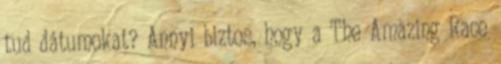
tud dátumokat? Annyi biztos, hogy a The Amazing Race